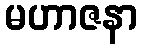
မဟာဇနာ